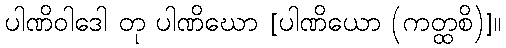
ပါဏိဝါဒေါ တု ပါဏိဃော [ပါဏိယော (ကတ္ထစိ)]။